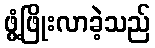
ဖွံ့ဖြိုးလာခဲ့သည်